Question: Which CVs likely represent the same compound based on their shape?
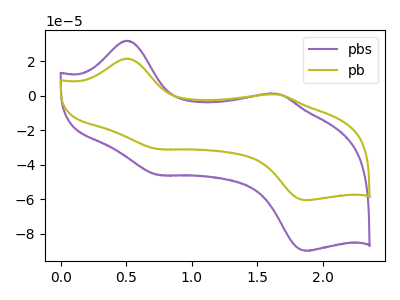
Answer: <think>The purple curve "pbs" has anodic peaks at (0.50V, 31.90uA) (1.65V, 1.05uA) and cathodic peaks at (0.75V, -46.00uA) (1.85V, -90.00uA). The olive curve "pb" has anodic peaks at (0.50V, 21.50uA) (1.65V, 0.70uA) and cathodic peaks at (0.75V, -31.00uA) (1.85V, -60.65uA).
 All the peaks in "pbs" have a peak in "pb" at the same potential. Every peak in "pbs" is higher than every peak in "pb".</think>
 <answer>"pb" and "pbs" have the same shape and are likely CV's of the same chemical.</answer>
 <eval>"pb" "pbs"</eval>